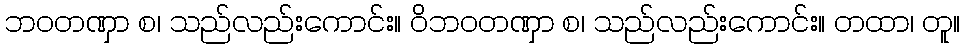
ဘဝတဏှာ စ၊ သည်လည်းကောင်း။ ဝိဘဝတဏှာ စ၊ သည်လည်းကောင်း။ တထာ၊ တူ။